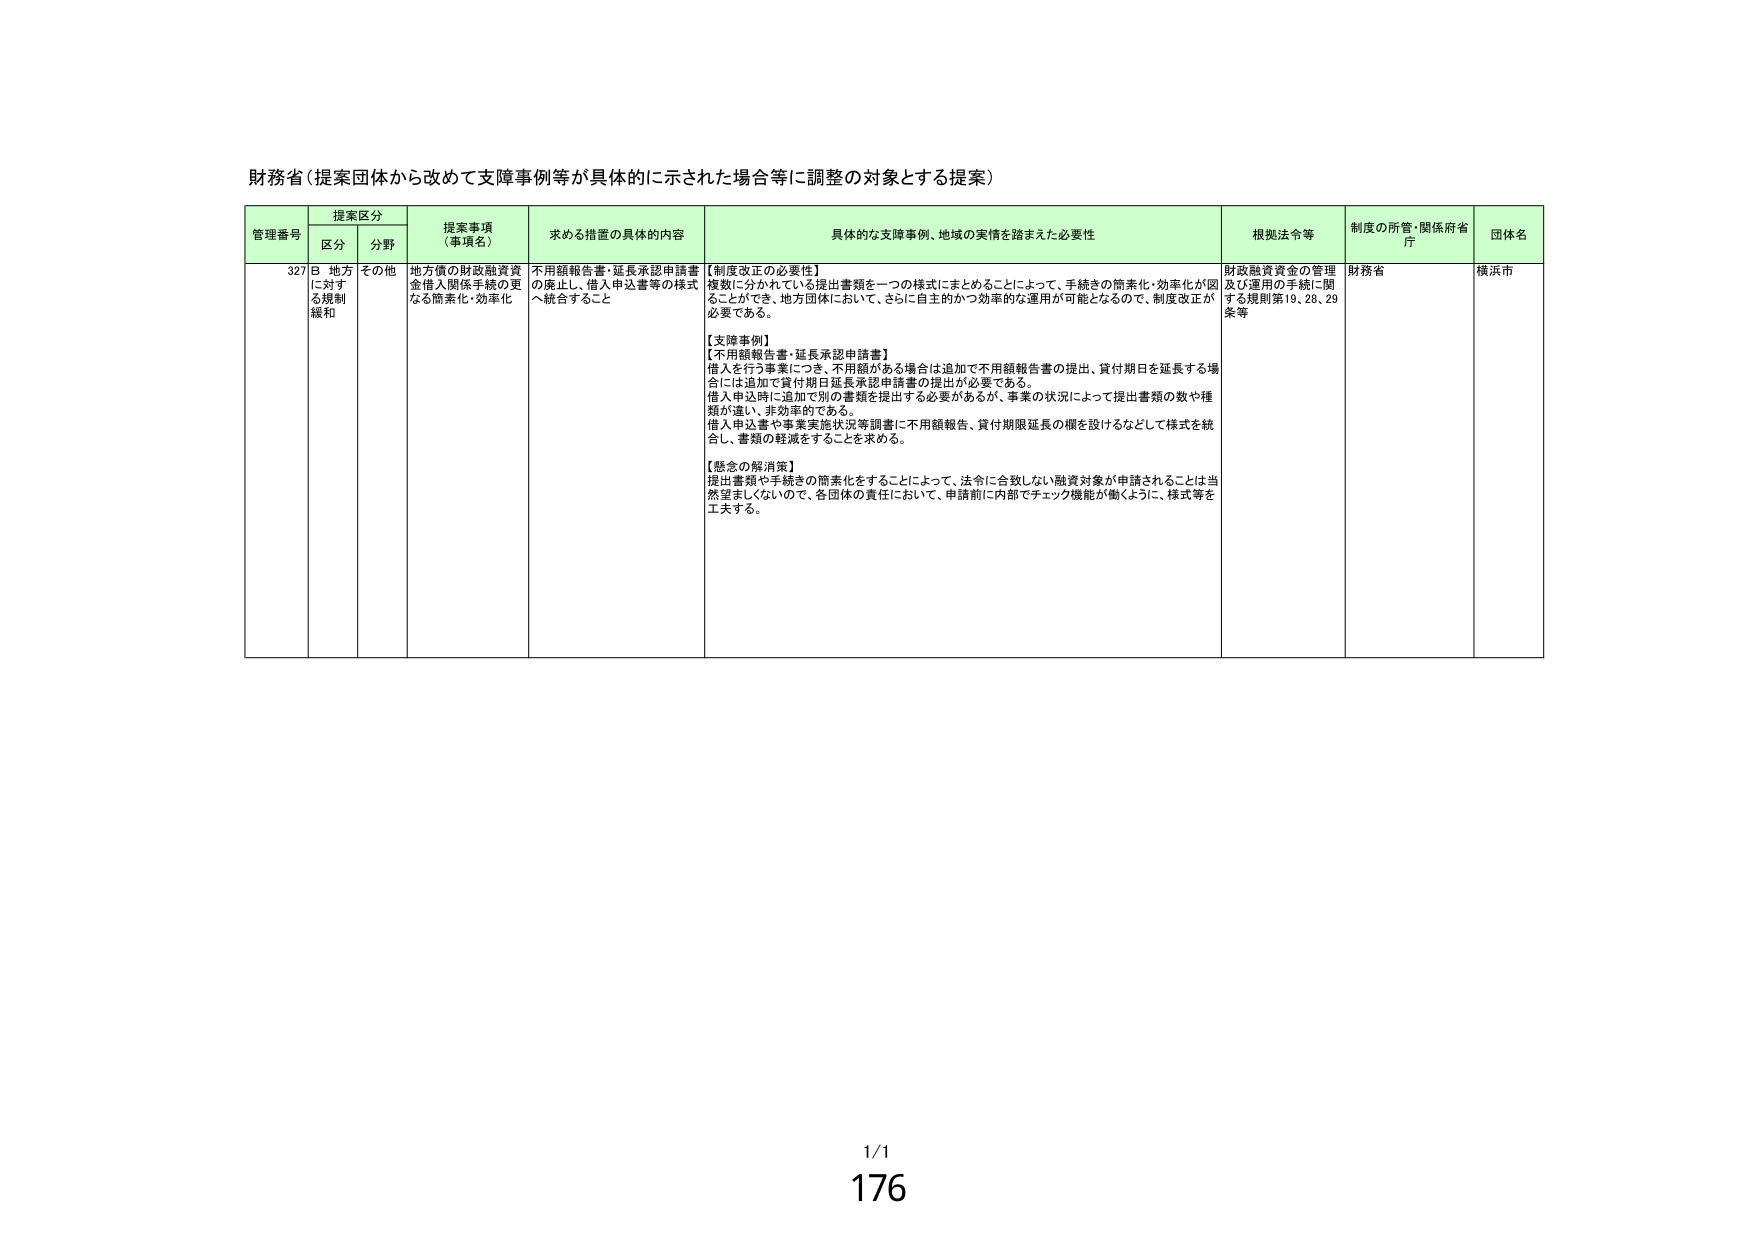
財務省（提案団体から改めて支援事例等が具体的に示された場合等に調整の対象とする提案）

管理番号 提案区分 提案事項（事項名） 求める措置の具体的内容 具体的な支援事例、地域の実情を踏まえた必要性 根拠法令等 制度の所管・関係府省庁 団体名
区分 分野

327 B 地方に対する規制緩和 その他 地方債の財政融資資金借入関係手続の更なる簡素化・効率化 不用額報告書・延長承認申請書の廃止し、借入申込書等の様式へ統合すること 【制度改正の必要性】複数に分かれていた提出書類を一つの様式にまとめることによって、手続きの簡素化・効率化が図ることができ、地方団体において、さらに自主的かつ効率的な運用が可能となるので、制度改正が必要である。【支援事例】【不用額報告書・延長承認申請書】借入を行う事案につき、不用額がある場合は追加で不用額報告書の提出、貸付期日を延長する場合には追加で貸付期日延長承認申請書の提出が必要である。借入申込時に追加で別の書類を提出する必要があるが、事案の状況によって提出書類の数や種類が違い、非効率的である。借入申込書や事業実施状況等調書に不用額報告、貸付期限延長の欄を設けるなどして様式を統合し、書類の軽減をすることを求める。【懸念の解消策】提出書類や手続きの簡素化をすることによって、法令に合致しない融資対象が申請されることは当然望ましくないので、各団体の責任において、申請前に内部でチェック機能が働くように、様式等を工夫する。 財政融資資金の管理及び運用の手続に関する規則第19、28、29条等 財務省 横浜市

1/1
176